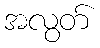
အလွတ်